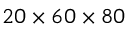
2 0 \times 6 0 \times 8 0